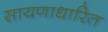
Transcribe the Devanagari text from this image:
सायणाधारित